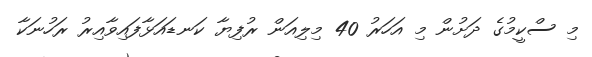
މި ސްކީމުގެ ދަށުން މި އަހަރު 40 މިލިއަން ރުފިޔާ ކަނޑައަޅާފައިވާއިރު ރަހުނަކާ